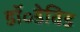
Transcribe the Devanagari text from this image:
डॉ॰डेविड